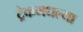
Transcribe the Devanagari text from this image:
ट्रेकमधल्या